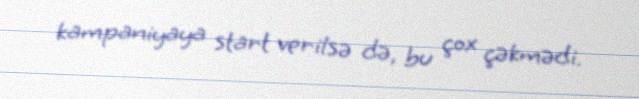
kampaniyaya start verilsə də, bu çox çəkmədi.